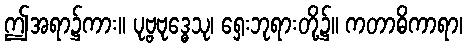
ဤအရာ၌ကား။ ပုဗ္ဗဗုဒ္ဓေသု၊ ရှေးဘုရားတို့၌။ ကတာဓိကာရာ၊